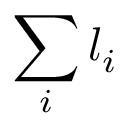
\sum _ { i } l _ { i }